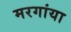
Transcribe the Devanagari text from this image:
मरगांया